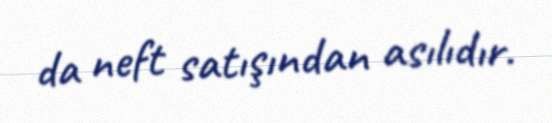
da neft satışından asılıdır.